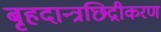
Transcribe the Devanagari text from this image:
बृहदान्त्रछिद्रीकरण